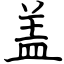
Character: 盖